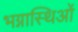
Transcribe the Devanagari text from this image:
भग्नास्थिओं